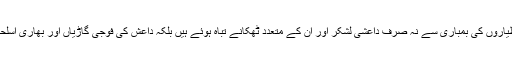
مقامی میڈیا کے مطابق عراقی جنگی طیاروں کی بمباری سے نہ صرف داعشی لشکر اور ان کے متعدد ٹھکانے تباہ ہوئے ہیں بلکہ داعش کی فوجی گاڑیاں اور بھاری اسلحہ بھی مکمل طور پر ناکارہ ہو گیا ہے۔